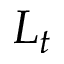
L _ { t }